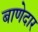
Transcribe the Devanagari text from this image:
बाणेदार